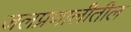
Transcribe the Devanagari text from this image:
जलप्रणालीतील